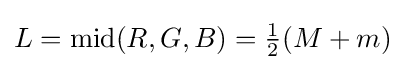
L=\operatorname {mid} (R,G,B)={\tfrac {1}{2}}(M+m)